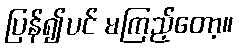
ပြန်၍ပင် မကြည့်တော့။